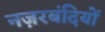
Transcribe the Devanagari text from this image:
नज़रबंदियों